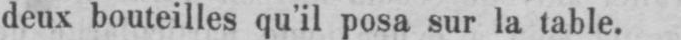
deux bouteilles qu’il posa sur la table.